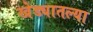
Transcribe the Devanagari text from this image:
खेड्यातल्या